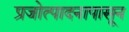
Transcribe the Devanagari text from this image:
प्रजोत्पादनापासून